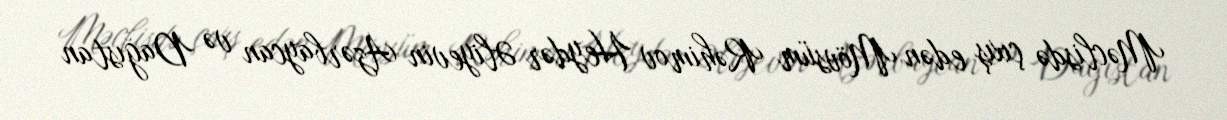
Məclisdə çıxış edən Mövsüm Rəhimov Heydər Əliyevin Azərbaycan və Dağıstan